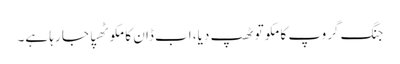
جنگ گروپ کا مکو تو ٹھپ دیا، اب ڈان کا مکو ٹھپا جا رہا ہے۔